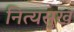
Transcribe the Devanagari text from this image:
नित्यसुख